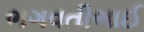
ભગવતીભાઈ